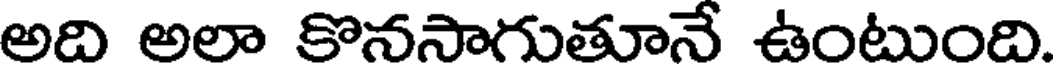
అది అలా కొనసాగుతూనే ఉంటుంది.